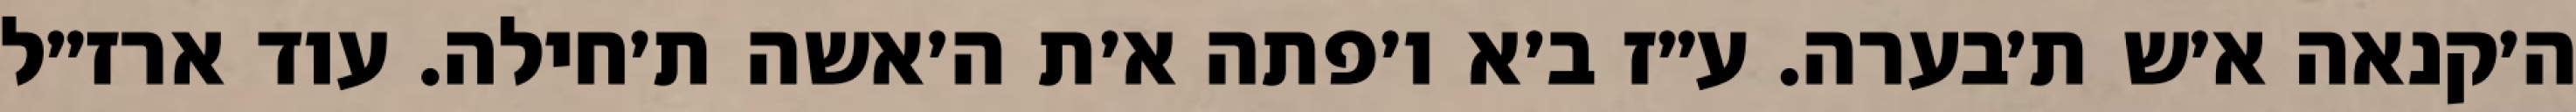
ה׳קנאה א׳ש ת׳בערה. ע״ז ב׳א ו׳פתה א׳ת ה׳אשה ת׳חילה. עוד ארז״ל